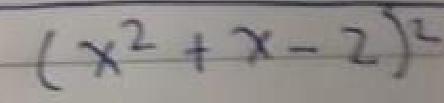
\((x^{2}+x - 2)^{2}\)